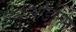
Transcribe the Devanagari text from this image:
ड्यूओडीनेल